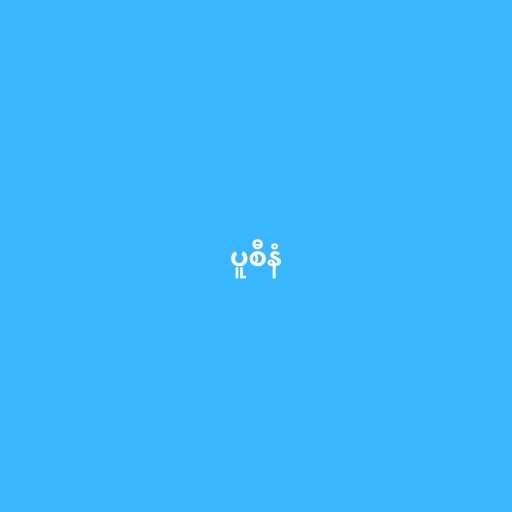
ပူစီနံ